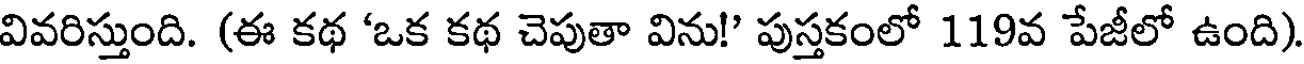
వివరిస్తుంది. (ఈ కథ 'ఒక కథ చెపుతా విను!' పుస్తకంలో 119వ పేజీలో ఉంది)